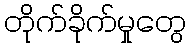
တိုက်ခိုက်မှုတွေ